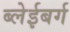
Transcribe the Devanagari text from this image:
ब्लेईबर्ग